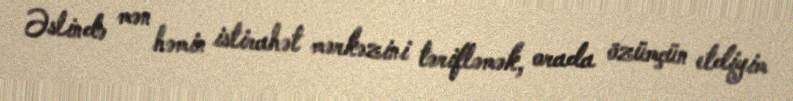
Əslində mən həmin istirahət mərkəzini tərifləmək, orada özümçün etdiyim